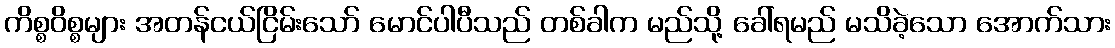
ကိစ္စဝိစ္စများ အတန်ငယ်ငြိမ်းသော် မောင်ပါပီသည် တစ်ခါက မည်သို့ ခေါ်ရမည် မသိခဲ့သော အောက်သား